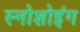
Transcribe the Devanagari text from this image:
स्नोशोइंग